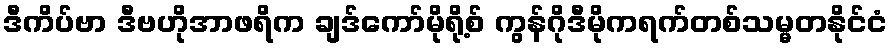
ဒီကိပ်ဗာ ဒီဗဟိုအာဖရိက ချဒ်ကော်မိုရို့စ် ကွန်ဂိုဒီမိုကရက်တစ်သမ္မတနိုင်ငံ